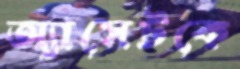
অ্যাসেটকে